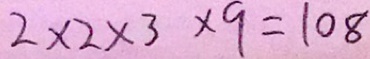
2 \times 2 \times 3 \times 9 = 1 0 8